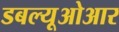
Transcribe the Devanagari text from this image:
डबल्यूओआर